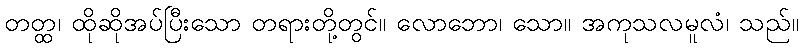
တတ္ထ၊ ထိုဆိုအပ်ပြီးသော တရားတို့တွင်။ လောဘော၊ သော။ အကုသလမူလံ၊ သည်။